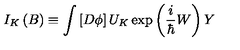
I _ { K } \left( B \right) \equiv \int \left[ D \phi \right] U _ { K } \exp \left( \frac i \hbar W \right) Y